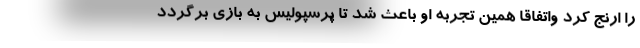
را ارنج کرد واتفاقا همین تجربه او باعث شد تا پرسپولیس به بازی برگردد